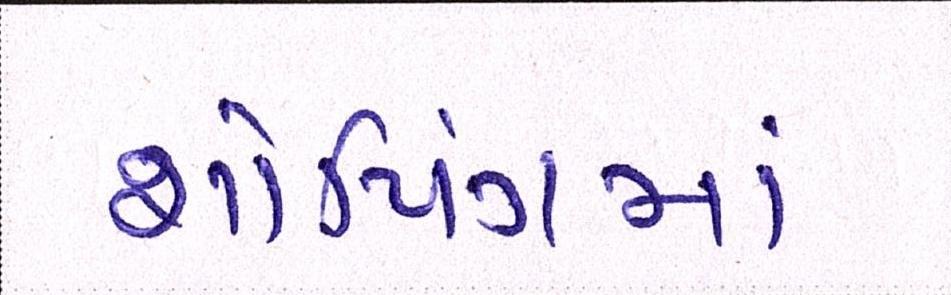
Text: શોપિંગમાં